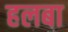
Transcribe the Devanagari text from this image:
हलबा